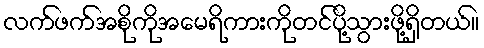
လက်ဖက်အစိုကိုအမေရိကားကိုတင်ပို့သွားဖို့ရှိတယ်။